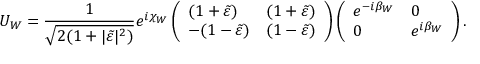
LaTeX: U _ { W } = \frac { 1 } { \sqrt { 2 ( 1 + | \tilde { \varepsilon } | ^ { 2 } ) } } e ^ { i \chi _ { W } } \left( \begin{array} { l l } { { ( 1 + \tilde { \varepsilon } ) } } & { { ( 1 + \tilde { \varepsilon } ) } } \\ { { - ( 1 - \tilde { \varepsilon } ) } } & { { ( 1 - \tilde { \varepsilon } ) } } \end{array} \right) \left( \begin{array} { l l } { { e ^ { - i \beta _ { W } } } } & { { 0 } } \\ { { 0 } } & { { e ^ { i \beta _ { W } } } } \end{array} \right) .